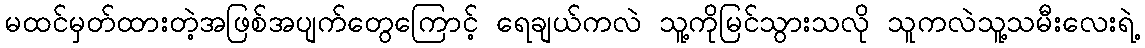
မထင်မှတ်ထားတဲ့အဖြစ်အပျက်တွေကြောင့် ရေချယ်ကလဲ သူ့ကိုမြင်သွားသလို သူကလဲသူ့သမီးလေးရဲ့